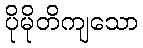
ပိုမိုတိကျသော